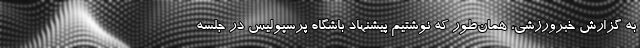
به گزارش خبرورزشی، همان‌طور که نوشتیم پیشنهاد باشگاه پرسپولیس در جلسه